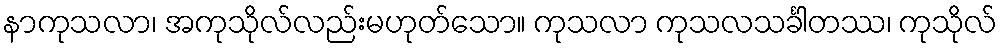
နာကုသလာ၊ အကုသိုလ်လည်းမဟုတ်သော။ ကုသလာ ကုသလသင်္ခါတဿ၊ ကုသိုလ်